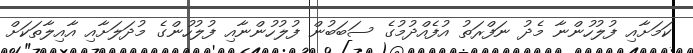
ކަމަށާއި ފުލުހުންނާ މެދު ނަފްރަތު އުފެއްދުމުގެ ސަބަބުން ފުލުހުންނާއި ފުލުހުންގެ މުދަލަށާއި އާއިލާތަކަށް